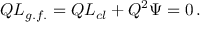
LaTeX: Q { \cal L } _ { g . f . } = Q { \cal L } _ { c l } + Q ^ { 2 } \Psi = 0 \, .